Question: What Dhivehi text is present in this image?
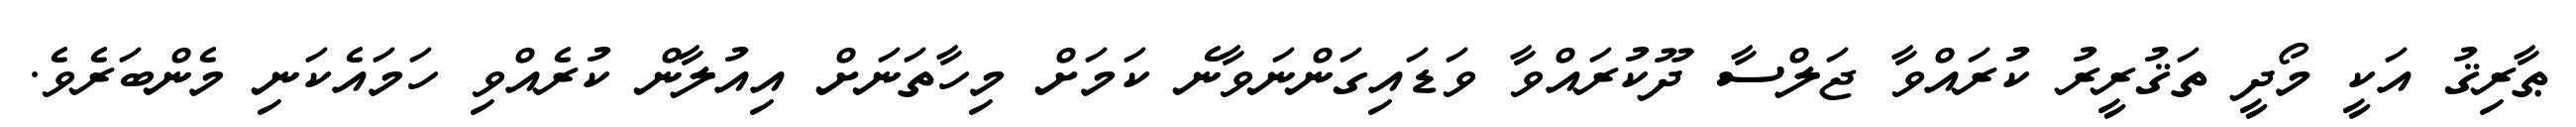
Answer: ޠާރިޤު އަކީ މޯދީ ތަޤުރީރު ކުރައްވާ ޖަލްސާ ދޫކުރައްވާ ވަޑައިގަންނަވާނެ ކަމަށް މިހާތަނަށް އިއުލާން ކުރެއްވި ހަމައެކަނި މެންބަރެވެ.